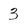
Character: 3